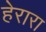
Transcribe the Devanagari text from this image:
हेरारा